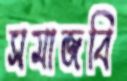
সমাজবি